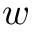
w